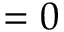
= 0